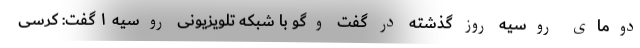
دومای روسیه روز گذشته در گفت وگو با شبکه تلویزیونی روسیه ۱ گفت: کرسی